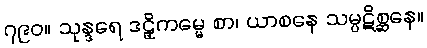
၇၉၀။ သုန္ဒရေ ဒဠှိကမ္မေ စာ၊ ယာစနေ သမ္ပဋိစ္ဆနေ။